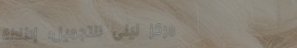
مركز ليلى للتجميل: إطلالة